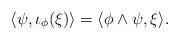
LaTeX: \begin{align*} \langle \psi, \iota_\phi(\xi)\rangle= \langle \phi\wedge\psi, \xi\rangle .\end{align*}